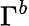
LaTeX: \Gamma^{b}